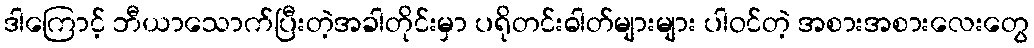
ဒါကြောင့် ဘီယာသောက်ပြီးတဲ့အခါတိုင်းမှာ ပရိုတင်းဓါတ်များများ ပါဝင်တဲ့ အစားအစားလေးတွေ